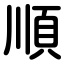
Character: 順